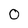
Character: 0